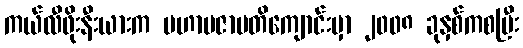
ကယ်လီဖိုးနီးယားက မဟာပဇာပတိကျောင်းမှာ ၂၀၀၈ ခုနှစ်ကစပြီး